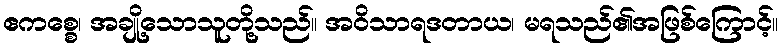
ဧကစ္စေ၊ အချို့သောသူတို့သည်။ အဝိသာရဒတာယ၊ မရသည်၏အဖြစ်ကြောင့်။